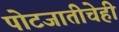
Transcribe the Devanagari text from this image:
पोटजातीचेही